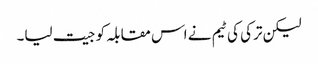
لیکن ترکی کی ٹیم نے اس مقابلہ کو جیت لیا۔